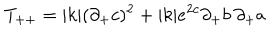
LaTeX: T _ { + + } = | k | ( \partial _ { + } c ) ^ { 2 } + | k | e ^ { 2 c } \partial _ { + } b \: \partial _ { + } a